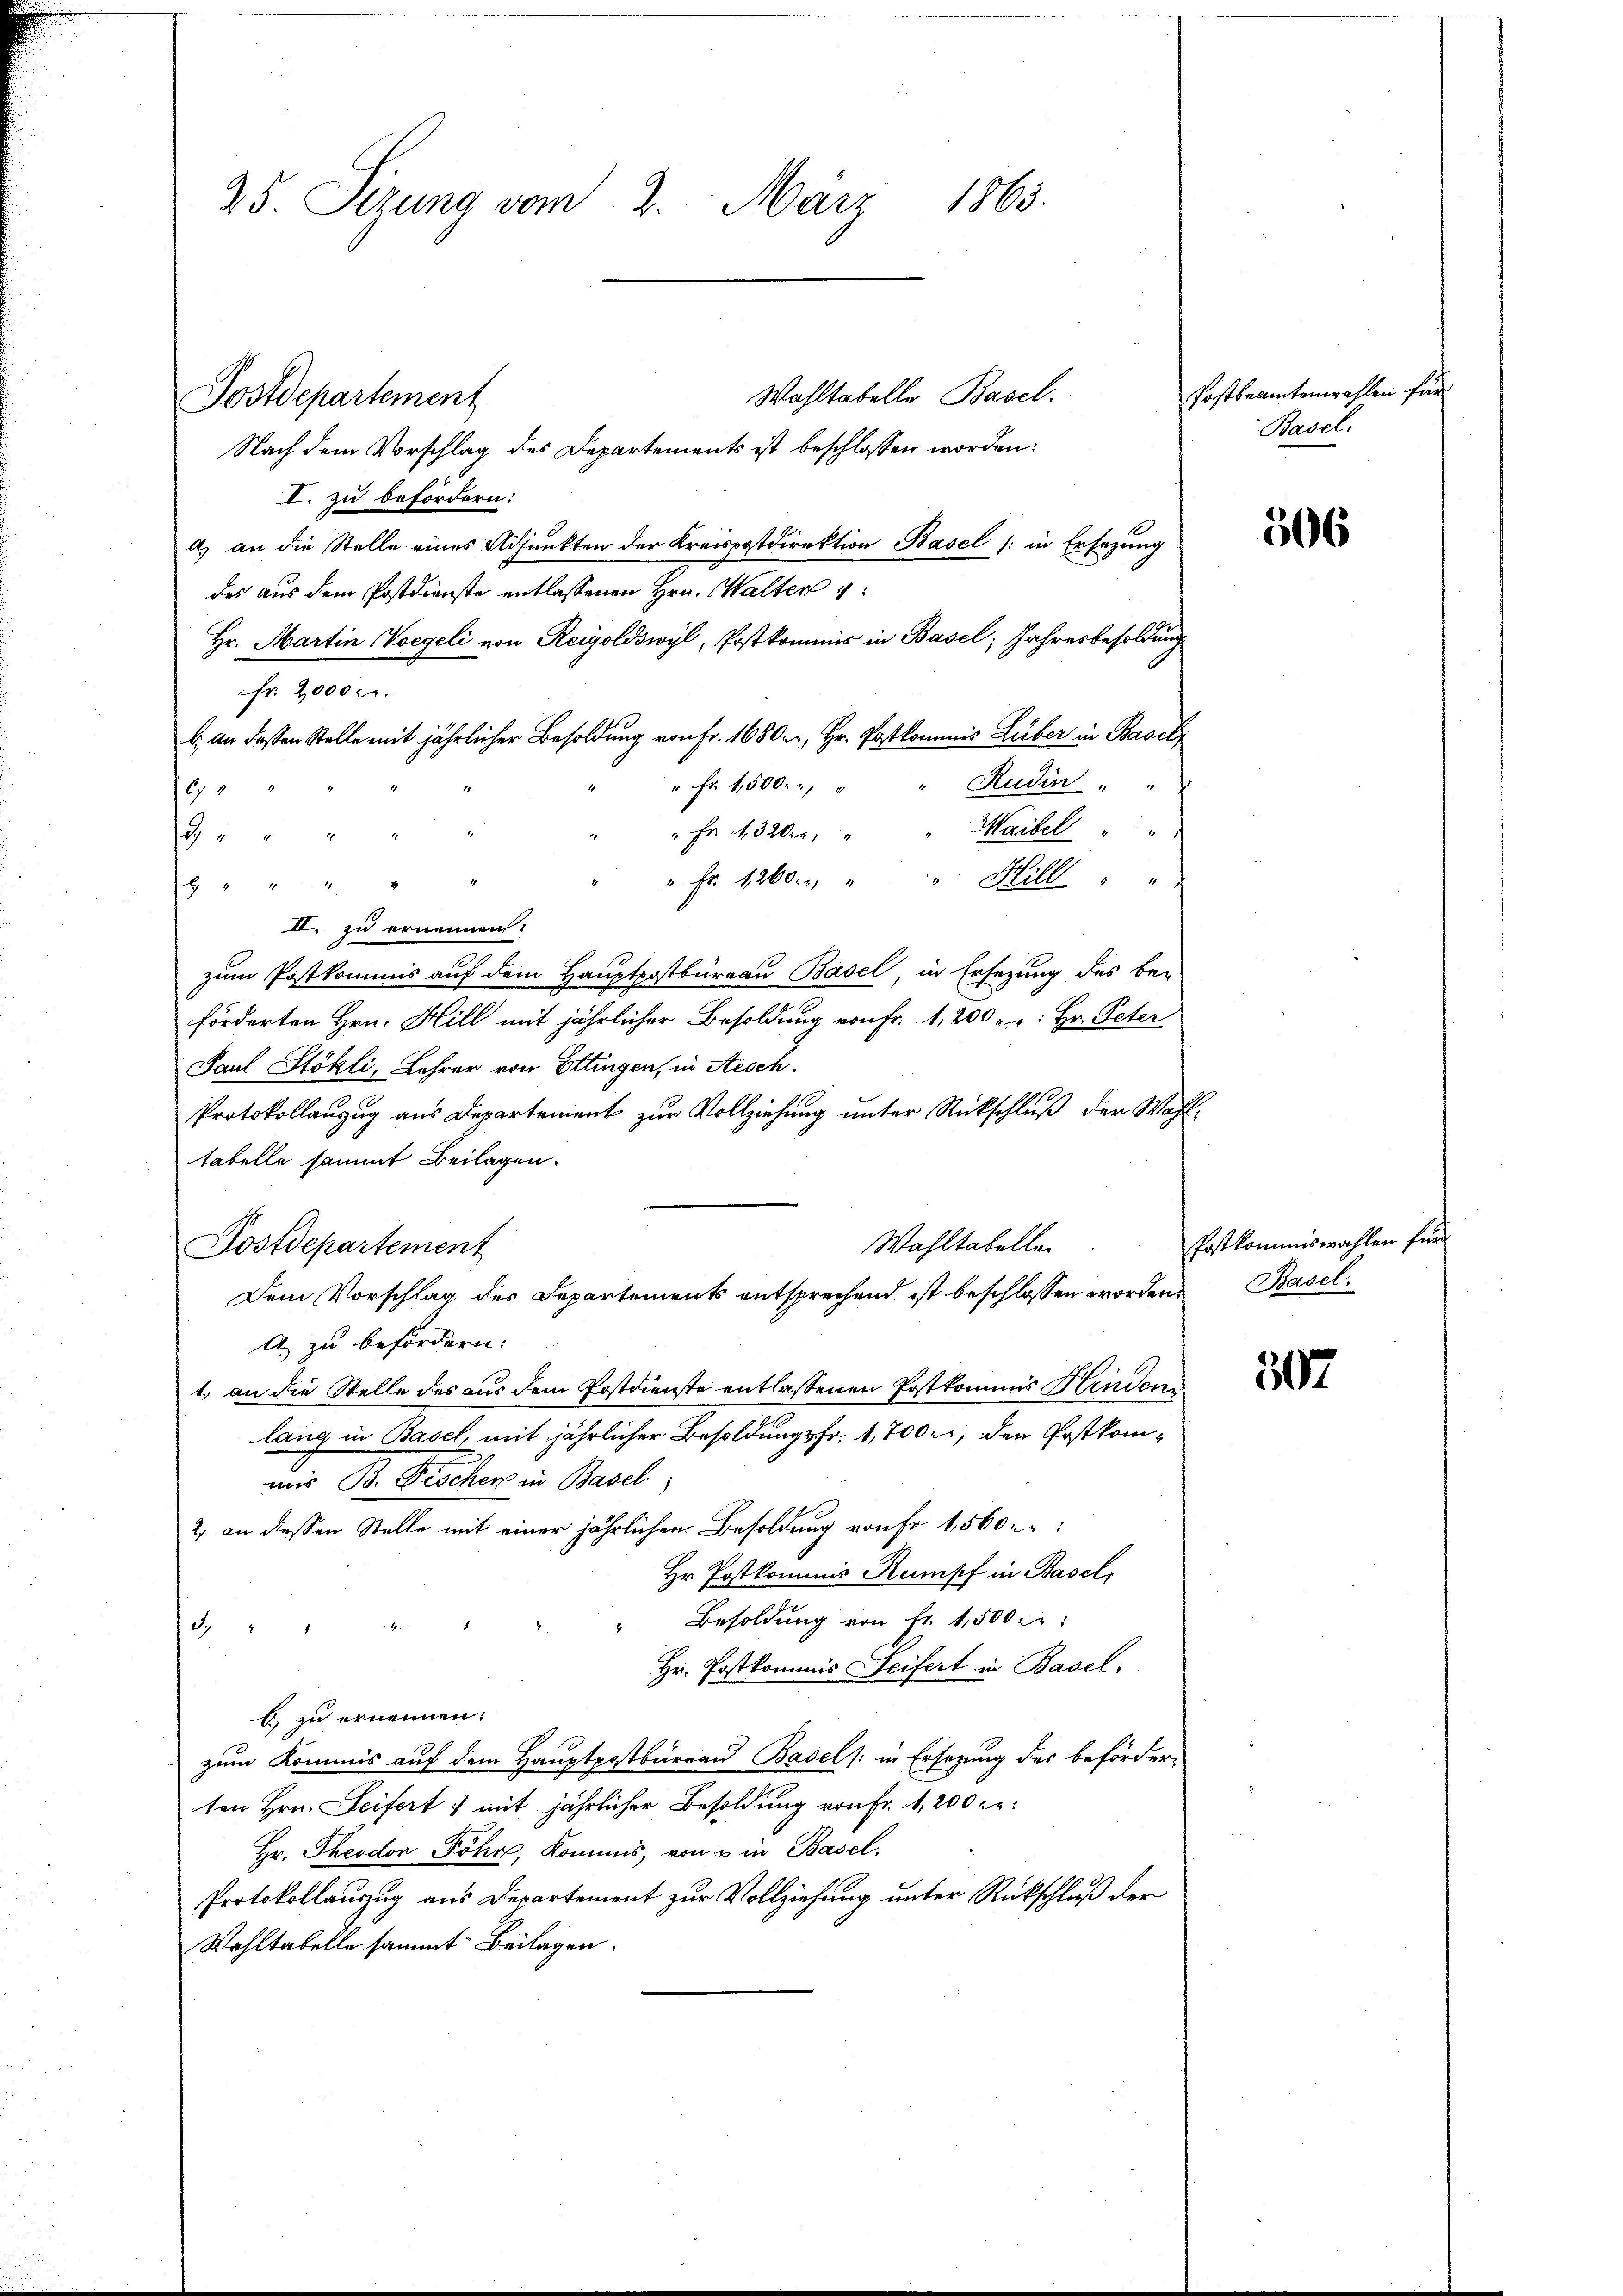
Postdepartement

25. Sizung vom 2. März 1863.
Wahltabelle Basel.
Nach dem Vorschlag des Departements ist beschlossen worden:
I. zu befördern:
a) an die Stelle eines Adjunkten der Kreispostdirektion Basel (: in Ersezung
des aus dem Postdienste entlassenen Hrn. Walten 4
Hr. Martin Vorgeli von Reigoldswyl, Postkommis in Basel; Jahresbesoldung

fr. 2000 Fr.
b. an dassen Stelle mit jährlicher Besoldung von Fr. 1680. r, Hr. Postkommnis Luber in Basel
Rudin
" Fr. 1,500.
19.
Waibel " "
" Fr. 1320
G
" Fr. 1260. " " Hill " "
4
II. zu ernennen:
zum Postkommis auf dem Hauptpostbüreau Basel in Ersezung des be-
förderten Hrn. Hill mit jährlicher Besoldung von Fr. 1, 200 " " Hr. Peter
Paul Stöhli, Lehrer von Ettingen, in Aesch.
Protokollanzug aus Departement zur Vollziehung unter Rückschluß der Wahl-
tabelle sammt Beilagen.
Wahltabellen
Postdepartement
Dem Vorschlag des Departements entsprechend ist beschlossen worden.
A. zu befördern:
1. an die Stelle des aus dem Postdienste entlassenen Postkommis Hinden
lang in Basel, mit jährlicher Besoldungsfr. 1,700, den Postkomum Dr. Siecher in Basel,
2) an diessen Stelle mit einer jährlichen Besoldung von Fr. 1,560.
Hr. Postkommis Rumpf in Basel,
Besoldung von Fr. 1,500 r

e
Hr. Postkommis Seifert in Basel.
b) zu ernennen.
zum Kommis auf dem Hauptpostbüreau Basel (: in Ersezung des beförder-
ten Hrn. Seifert mit jährlicher Besoldung von Fr. 1, 200 er:
Hr. Theodor Föhr, Kommis, von u in Basel.
Protokollauszug aus Departement zur Vollziehung unter Rückschluß der
Wahltabelle sammt Beilagen.

Postbeamtenwahlen für
Basel.

506

Postkommiswahlen für
Basel.

507